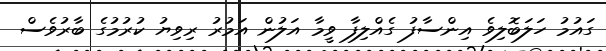
ގައުމު ހަލަބޮލިވެ އިންސާފު ގެއްލިފާ ވީމާ އަލުން އަމުރު ރިވިޔު ކުރުމުގެ ބާރުވެސް